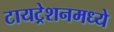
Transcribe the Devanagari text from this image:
टायट्रेशनमध्ये